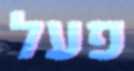
פעל